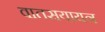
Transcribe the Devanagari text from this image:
वातसयायन